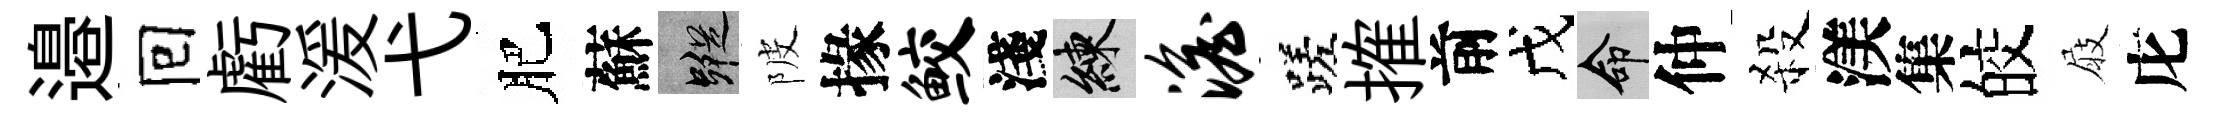
邉囘虧湲弋肥蘇蹤陂掾鲛淺練澹蹉搉前戊命仲殺渼集皎屐庀